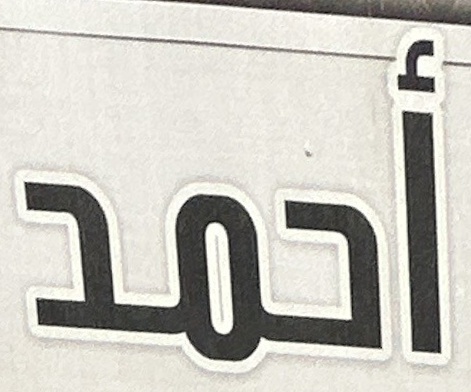
احمد